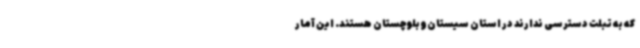
که به تبلت دسترسی ندارند در استان سیستان‌وبلوچستان هستند. این آمار